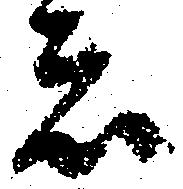
は